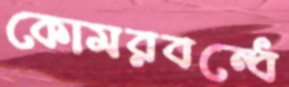
কোমরবন্ধে